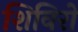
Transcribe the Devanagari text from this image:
शिविरो